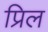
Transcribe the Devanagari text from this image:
प्रिल